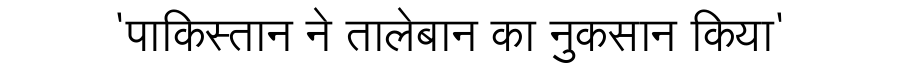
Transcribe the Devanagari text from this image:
'पाकिस्तान ने तालेबान का नुकसान किया'